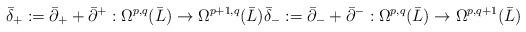
LaTeX: \begin{align*} \bar\delta_+ : = \bar\partial_+ + \bar\partial^+ : \Omega^{p,q}(\bar L) \to \Omega^{p+1, q}(\bar L) \bar\delta_- : = \bar\partial_- + \bar\partial^- : \Omega^{p,q}(\bar L) \to \Omega^{p, q+1}(\bar L)\end{align*}